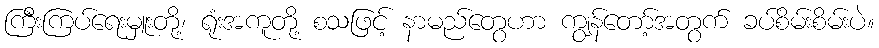
ကြီးကြပ်ရေးမှူးတို့၊ ရုံးအကူတို့ စသဖြင့် နာမည်တွေဟာ ကျွန်တော့်အတွက် ခပ်စိမ်းစိမ်းပဲ။